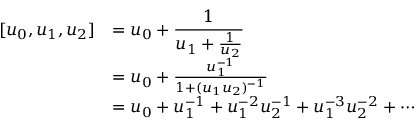
\begin{array} { r l } { [ u _ { 0 } , u _ { 1 } , u _ { 2 } ] } & { = u _ { 0 } + \cfrac { 1 } { u _ { 1 } + \frac { 1 } { u _ { 2 } } } } \\ & { = u _ { 0 } + \frac { u _ { 1 } ^ { - 1 } } { 1 + ( u _ { 1 } u _ { 2 } ) ^ { - 1 } } } \\ & { = u _ { 0 } + u _ { 1 } ^ { - 1 } + u _ { 1 } ^ { - 2 } u _ { 2 } ^ { - 1 } + u _ { 1 } ^ { - 3 } u _ { 2 } ^ { - 2 } + \cdots } \end{array}